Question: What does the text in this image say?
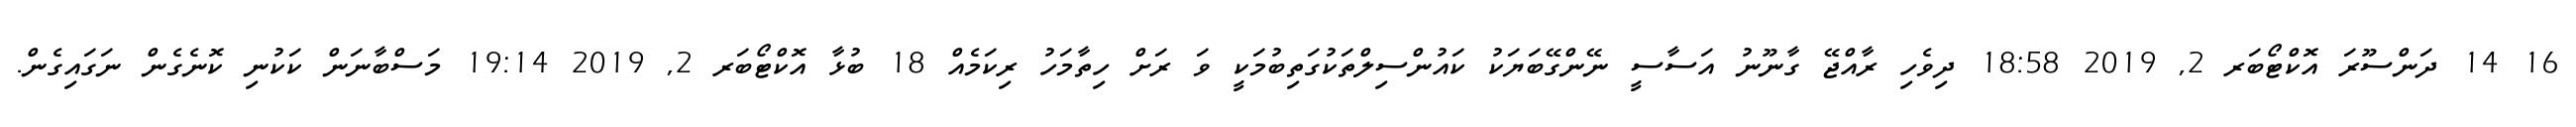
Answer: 16 14 ދަންސޫރަ އޮކްޓޯބަރ 2, 2019 18:58 ދިވެހި ރާއްޖޭ ގާނޫނު އަސާސީ ނޭންގޭބަޔަކު ކައުންސިލްތަކުގަތިބުމަކީ ވަ ރަށް ހިތާމަހު ރިކަމެއް 18 ބުޅާ އޮކްޓޯބަރ 2, 2019 19:14 މަސްބާނަން ކަކުނި ކޮނެގެން ނަގައިގެން.